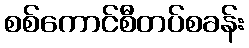
စစ်ကောင်စီတပ်စခန်း